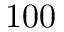
1 0 0